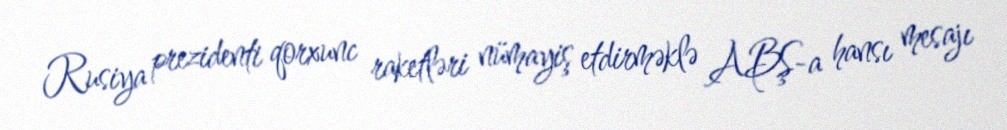
Rusiya prezidenti qorxunc raketləri nümayiş etdirməklə ABŞ-a hansı mesajı